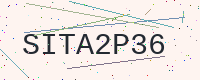
Text: SITA2P36